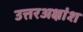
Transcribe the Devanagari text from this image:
उत्तरअक्षांश